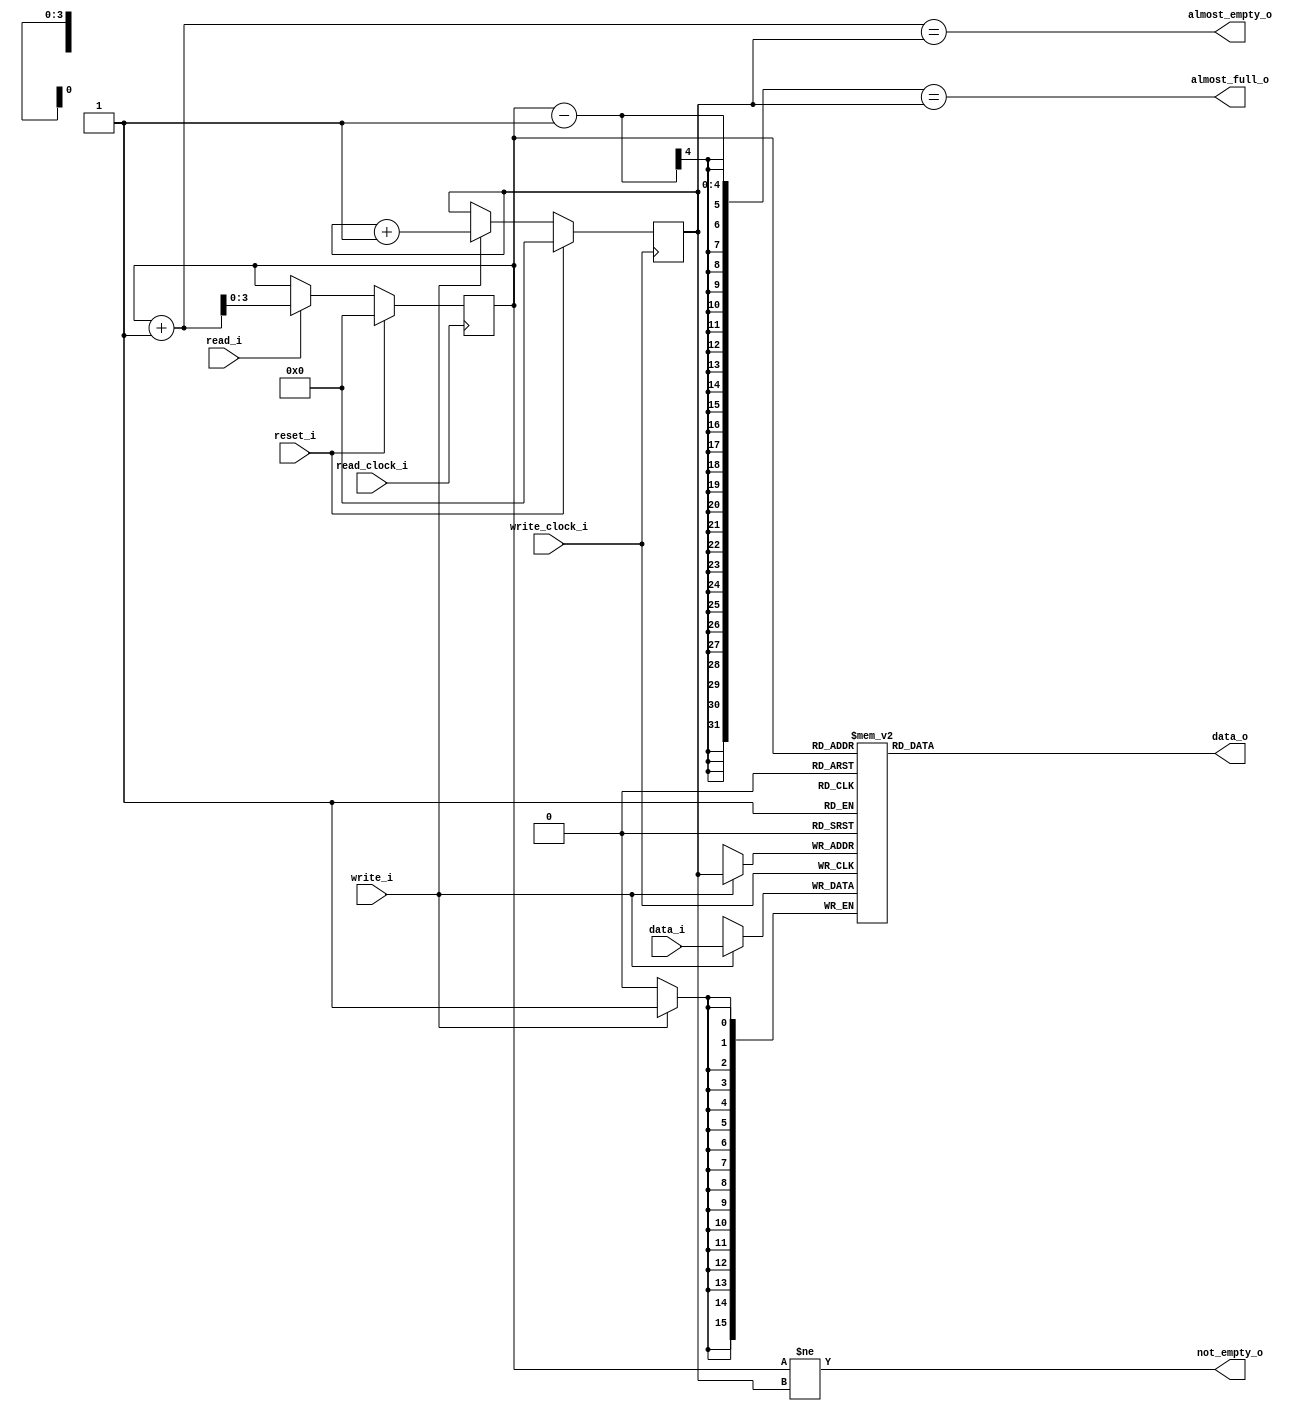
/***************************************************************************
 *                                                                         *
 *   fifo16.v - A First-In/First-Out circular buffer, n-bits wide with     *
 *     16 entries.                                                         *
 *                                                                         *
 *   Copyright (C) 2005 by Patrick Suggate                                 *
 *   patrick@physics.otago.ac.nz                                           *
 *                                                                         *
 *   This program is free software; you can redistribute it and/or modify  *
 *   it under the terms of the GNU General Public License as published by  *
 *   the Free Software Foundation; either version 2 of the License, or     *
 *   (at your option) any later version.                                   *
 *                                                                         *
 *   This program is distributed in the hope that it will be useful,       *
 *   but WITHOUT ANY WARRANTY; without even the implied warranty of        *
 *   MERCHANTABILITY or FITNESS FOR A PARTICULAR PURPOSE.  See the         *
 *   GNU General Public License for more details.                          *
 *                                                                         *
 *   You should have received a copy of the GNU General Public License     *
 *   along with this program; if not, write to the                         *
 *   Free Software Foundation, Inc.,                                       *
 *   59 Temple Place - Suite 330, Boston, MA  02111-1307, USA.             *
 ***************************************************************************/

// FIXME: This won't work asynchrously!!
// FIXME: This won't work asynchrously!!
// FIXME: This won't work asynchrously!!
// FIXME: This won't work asynchrously!!
// FIXME: This won't work asynchrously!!
// FIXME: This won't work asynchrously!!

`timescale 1ns/100ps
module fifo16 (
		read_clock_i,
		write_clock_i,
		reset_i,
		read_i,		//	Read so advance to next item
		write_i,	//	Write input data into FIFO
		data_i,
		data_o,
		almost_full_o,
		almost_empty_o,
		not_empty_o
	);
	
	//	Default width of 16-bits, but is user specifiable.
	parameter	FIFO_WIDTH	= 8'd16;
	
	input	read_clock_i;
	input	write_clock_i;
	input	reset_i;
	input	read_i;
	input	write_i;
	input	[FIFO_WIDTH - 1:0]	data_i;
	output	[FIFO_WIDTH - 1:0]	data_o;
	output	almost_full_o;
	output	almost_empty_o;
	output	not_empty_o;
	
	
	//	Pointers for the FIFO
	reg	[3:0]	f_start	= 4'h0;
	reg	[3:0]	f_end	= 4'h0;
	
	
	//	Control signals
	assign	almost_full_o	= (f_start - 1) == f_end;
	assign	almost_empty_o	= (f_start + 1) == f_end;
	assign	not_empty_o	= f_start != f_end;
	
	
	//	Remove data from the FIFO
	always @(posedge read_clock_i)
	begin
		if (reset_i)
			f_start	<= 4'b0;
		else
		begin
			if (read_i)
				f_start	<= f_start + 1;
			else
				f_start	<= f_start;
		end
	end
	
	
	//	Add data to the FIFO
	always @(posedge write_clock_i)
	begin
		if (reset_i)
			f_end	<= 4'b0;
		else
		begin
			if (write_i)
				f_end	<= f_end + 1;
			else
				f_end	<= f_end;
		end
	end
	
	
	//synthesis attribute ram_style of mem is distributed
	reg    [FIFO_WIDTH - 1:0]  mem[0:15]; //pragma attribute mem ram_block FALSE
	
	always @ (posedge write_clock_i)
	begin
		if (write_i)
		begin
			mem [f_end]  <= data_i;
		end
	end
	
	assign data_o = mem [f_start];
	
	
	
	//-----------------------------------------------------------------------
	//	Simulation only:
	//	Zero the SRAM for simulation as this is the default state for Xilinx.
`ifdef __icarus
	initial begin : Init
		init_mem (0);
	end	//	Init
	
	
	task init_mem;
		input	val;
		integer	val, n;
	begin : Init_Mem
		for (n = 0; n < 16; n = n + 1)
			mem[n]	= val;
	end	//	Init_Mem
	endtask	//	init_mem
`endif
	
	
endmodule	//	fifo16